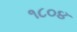
૧૮૦૪